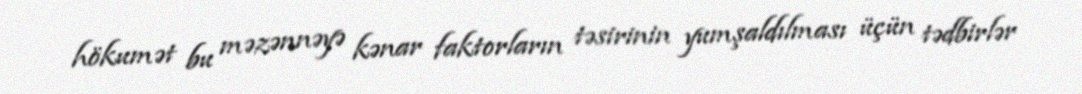
hökumət bu məzənnəyə kənar faktorların təsirinin yumşaldılması üçün tədbirlər